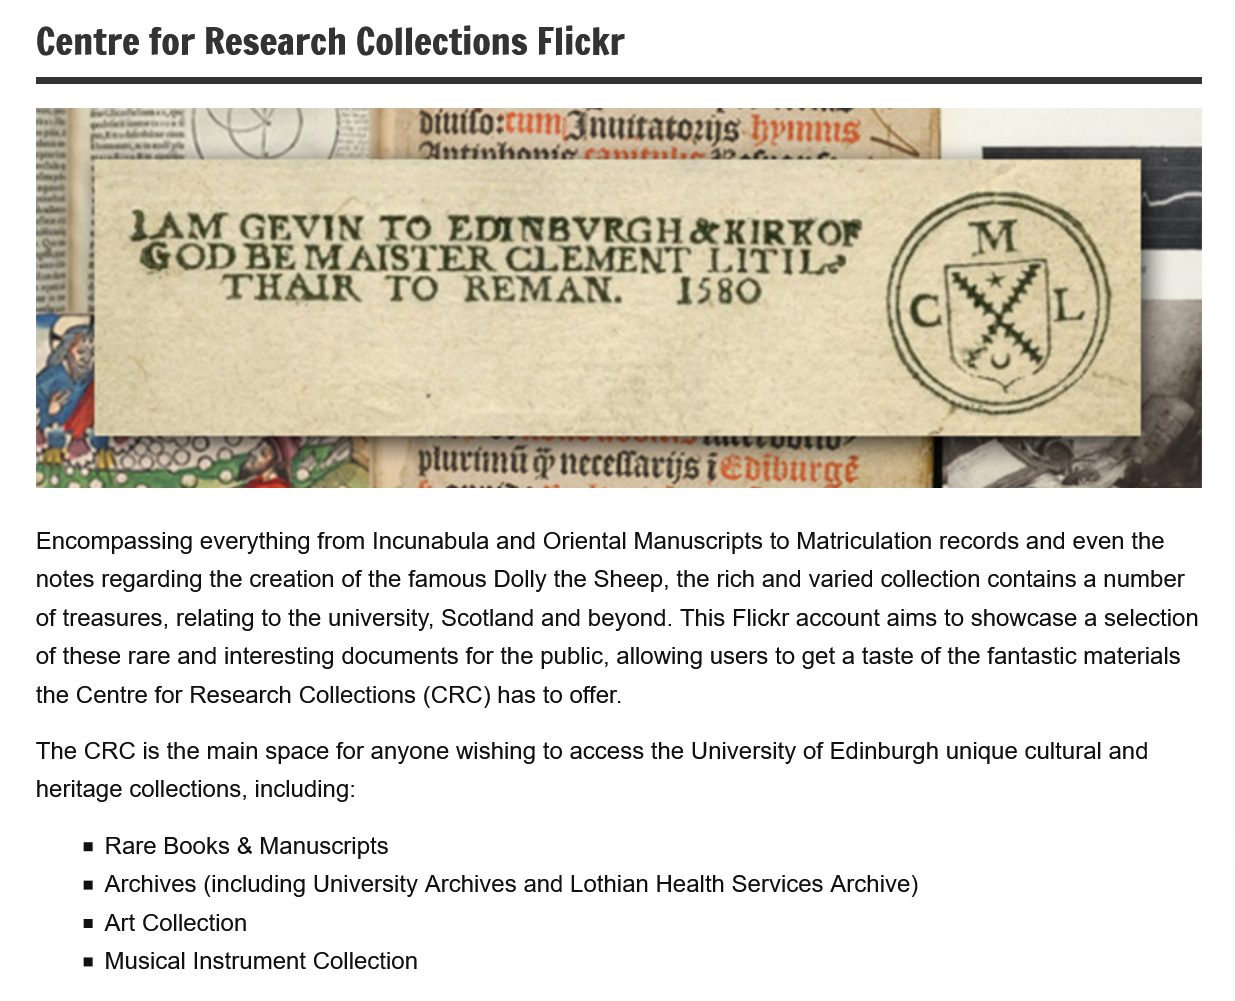
Centre   for Research    Collections    Flickr
     ee    ey    ae    suns    oe
     ee
   eee)    1.  LAR    er   anatatanis    ems

     M   GEVIN    TO   EDINBVRGH    &KIRKOF
     OD   BEM    AISTER    CLEMENT    LITILe
     THAIR    TO    REMAN.    1580

    Encompassing everything from Incunabula and Oriental Manuscripts to Matriculation records and even the
    notes regarding the creation of the famous Dolly the Sheep, the rich and varied collection contains a number
   of treasures, relating to the university, Scotland and beyond. This Flickr account aims to showcase a selection
   of these rare and interesting documents for the public, allowing users to get a taste of the fantastic materials
   the Centre for Research Collections (CRC) has to offer.
   The CRC is the main space for anyone wishing to access the University of Edinburgh unique cultural and
    heritage collections, including:
     = Rare Books & Manuscripts
     = Archives (including University Archives and Lothian Health Services Archive)
     = Art Collection
     = Musical Instrument Collection